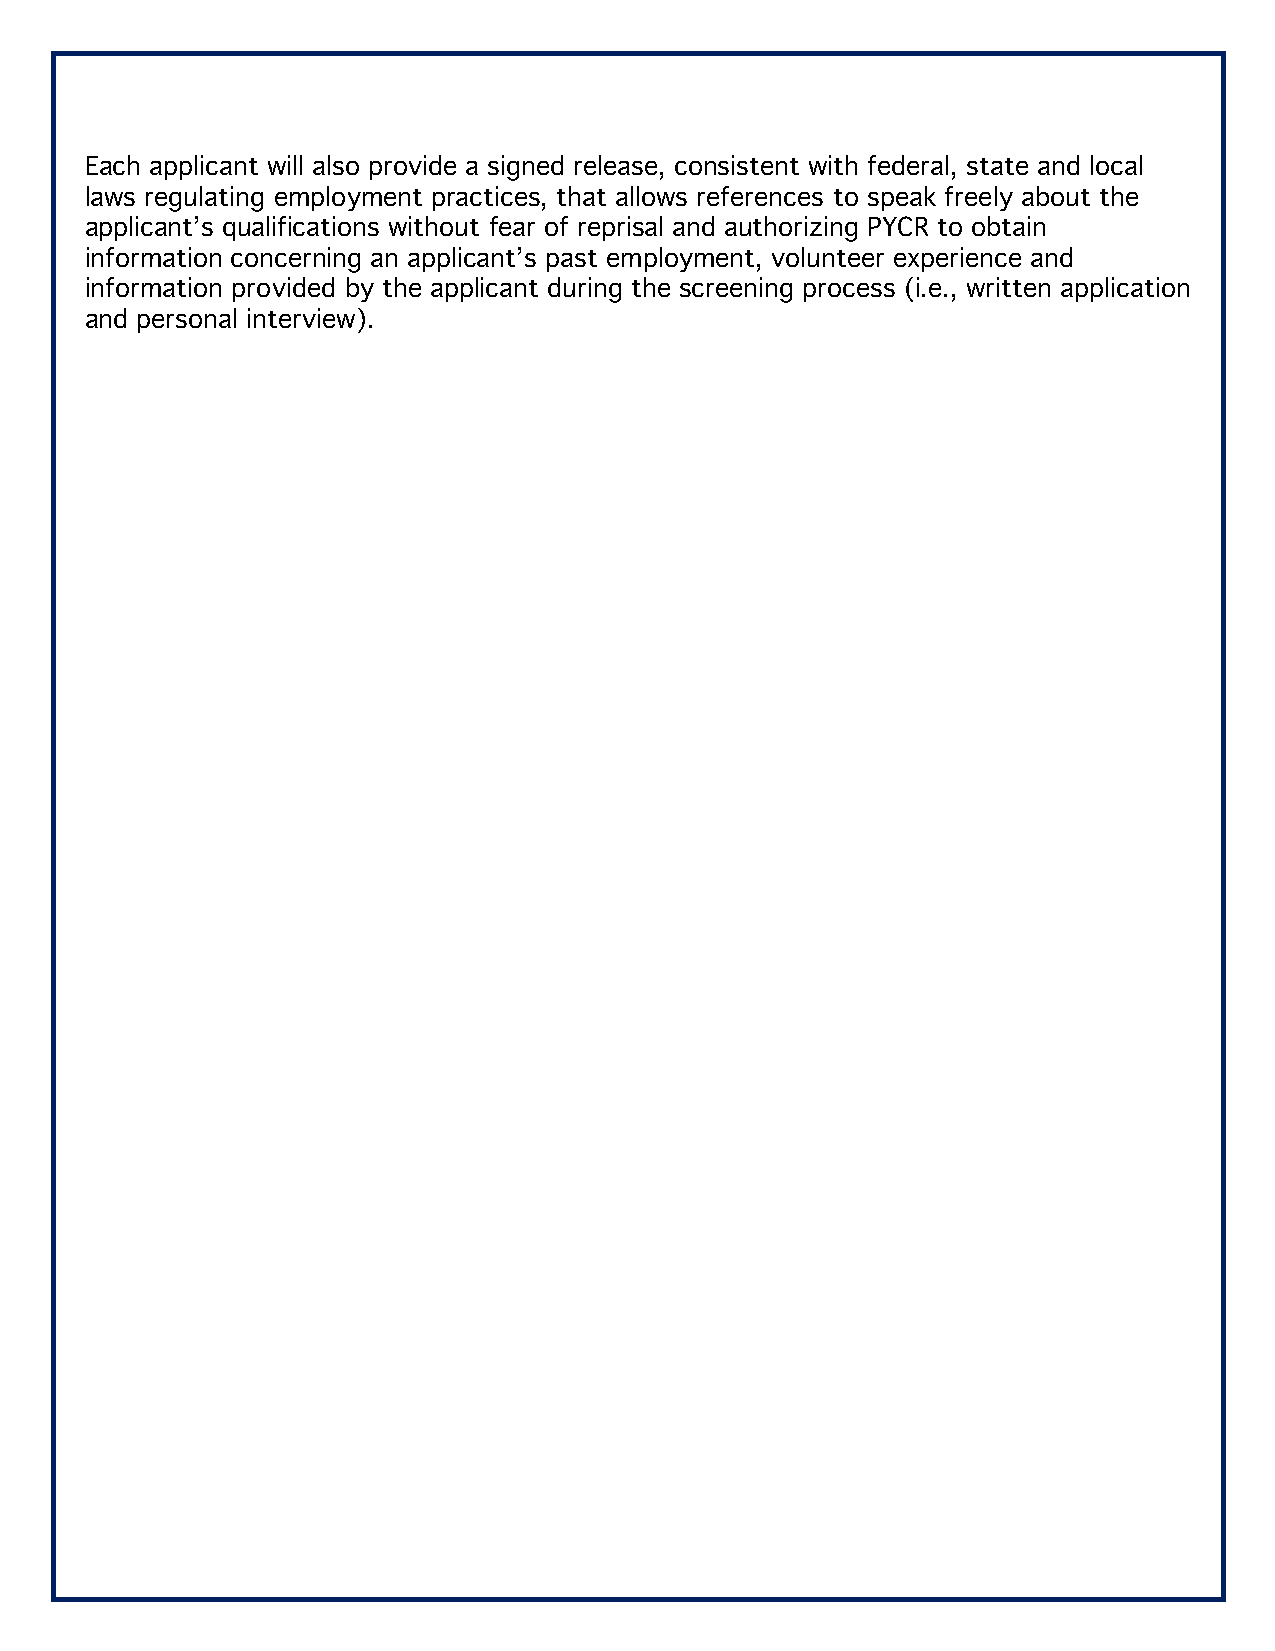
Each applicant will also provide a signed release, consistent with federal, state and local
 laws regulating employment practices, that allows references to speak freely about the
 applicant’s qualifications without fear of reprisal and authorizing PYCR to obtain
 information concerning an applicant’s past employment, volunteer experience and
 information provided by the applicant during the screening process (i.e., written application
 and personal interview).